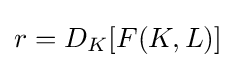
r=D_{K}[F(K,L)]